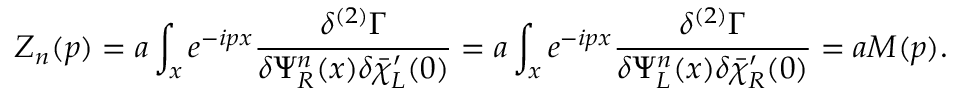
Z _ { n } ( p ) = a \int _ { x } e ^ { - i p x } { \frac { \delta ^ { ( 2 ) } \Gamma } { \delta \Psi _ { R } ^ { n } ( x ) \delta \bar { \chi } _ { L } ^ { \prime } ( 0 ) } } = a \int _ { x } e ^ { - i p x } { \frac { \delta ^ { ( 2 ) } \Gamma } { \delta \Psi _ { L } ^ { n } ( x ) \delta \bar { \chi } _ { R } ^ { \prime } ( 0 ) } } = a M ( p ) .